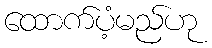
ထောက်ပံ့မည်ဟု